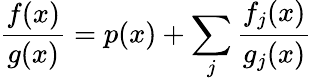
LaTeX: {\frac{f(x)}{g(x)}}=p(x)+\sum_{j}{\frac{f_{j}(x)}{g_{j}(x)}}